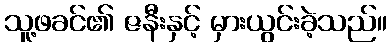
သူ့ဖခင်၏ ဇနီးနှင့် မှားယွင်းခဲ့သည်။